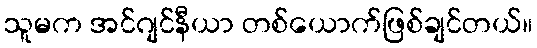
သူမက အင်ဂျင်နီယာ တစ်ယောက်ဖြစ်ချင်တယ်။